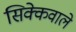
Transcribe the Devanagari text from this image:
सिक्केवाले